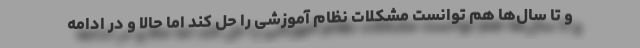
و تا سال‌ها هم توانست مشکلات نظام آموزشی را حل کند اما حالا و در ادامه